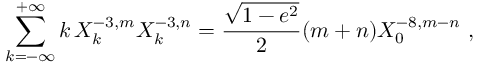
\sum _ { k = - \infty } ^ { + \infty } k \, X _ { k } ^ { - 3 , m } X _ { k } ^ { - 3 , n } = \frac { \sqrt { 1 - e ^ { 2 } } } { 2 } ( m + n ) X _ { 0 } ^ { - 8 , m - n } \ ,